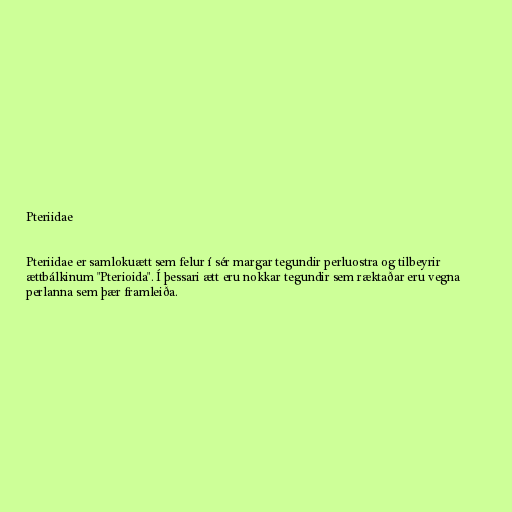
Pteriidae

Pteriidae er samlokuætt sem felur í sér margar tegundir perluostra og tilbeyrir
ættbálkinum "Pterioida". Í þessari ætt eru nokkar tegundir sem ræktaðar eru vegna
perlanna sem þær framleiða.